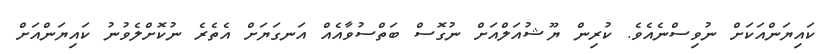
ކައިޔަންއަކަށް ނުވިސްނެއެވެ. ކުރިން ޔޫޝުއަލްއަށް ނުގޮސް ބަތްސުވާއެއް އަނގަޔަށް އެތެރެ ނުކޮށްލެވުނު ކައިޔަންއަށް